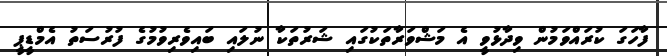
ފާހަގަ ކުރައްވަމުން ވިދާޅުވީ އެ މަޝްވަރާތަކުގައި ޝަރުތަކާ ނުލައި ބައިވެރިވުމުގެ ފުރުސަތު އެމްޑީޕީ